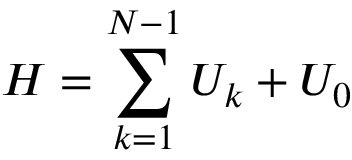
H = \sum _ { k = 1 } ^ { N - 1 } U _ { k } + { \cal U } _ { 0 }